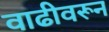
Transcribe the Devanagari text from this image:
वाढीवरून